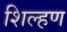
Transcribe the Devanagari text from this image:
शिल्हण